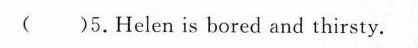
( )5.Helen is bored and thirsty.